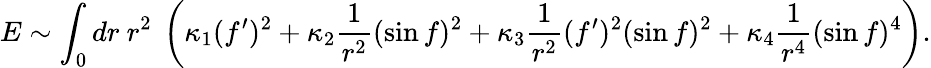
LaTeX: E\sim\int_{0}dr~r^{2}~\left(\kappa_{1}(f^{\prime})^{2}+\kappa_{2}\frac{1}{r^{2}}(\sin f)^{2}+\kappa_{3}\frac{1}{r^{2}}(f^{\prime})^{2}(\sin f)^{2}+\kappa_{4}\frac{1}{r^{4}}(\sin f)^{4}\right).